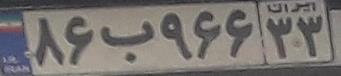
۸۶ب۹۶۶۳۳